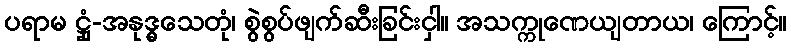
ပရာမ ဋ္ဌုံ-အနုဒ္ဓွသေတုံ၊ စွဲစွပ်ဖျက်ဆီးခြင်းငှါ။ အသက္ကုဏေယျတာယ၊ ကြောင့်။